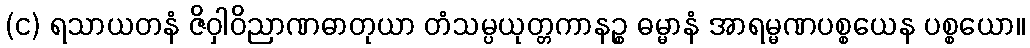
(င) ရသာယတနံ ဇိဝှါဝိညာဏဓာတုယာ တံသမ္ပယုတ္တကာနဉ္စ ဓမ္မာနံ အာရမ္မဏပစ္စယေန ပစ္စယော။